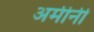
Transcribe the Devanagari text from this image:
अर्मीनी